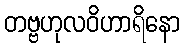
တဗ္ဗဟုလဝိဟာရိနော